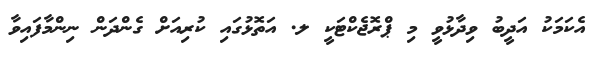
އެކަމަކު އަދީބު ވިދާޅުވީ މި ޕްރޮޖެކްޓަކީ ލ. އަތޮޅުގައި ކުރިއަށް ގެންދަން ނިންމާފައިވާ